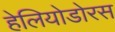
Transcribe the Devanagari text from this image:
हेलियोडोरस